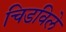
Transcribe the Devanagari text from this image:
चिडविले